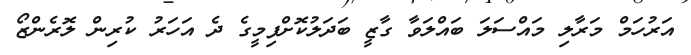
އަރުހަމް މަރާލި މައްސަލަ ބައްލަވާ ގާޒީ ބަދަލުކޮށްފިމީގެ ދެ އަހަރު ކުރިން ލޮރެންޒޯ